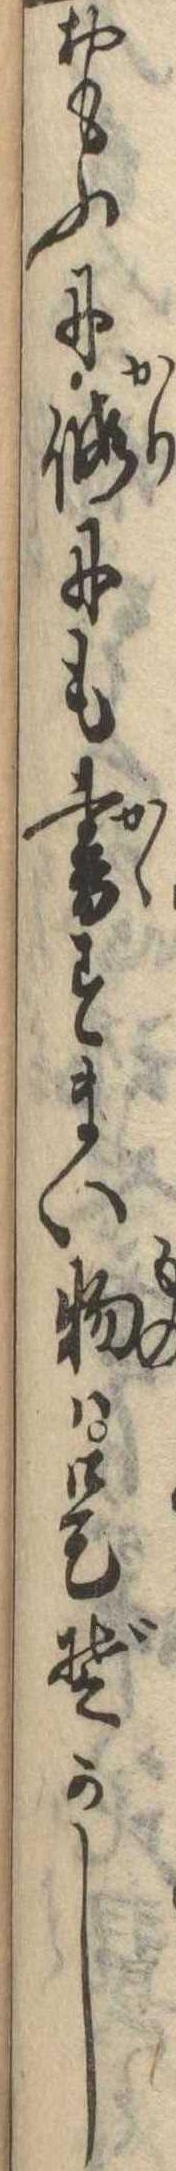
おもふに仮にも書すまい物は是ぞかし